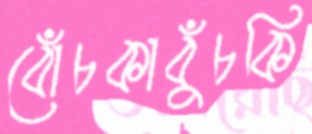
বোঁচকাবুঁচকি